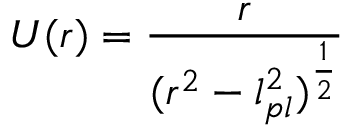
U ( r ) = { \frac { r } { ( r ^ { 2 } - l _ { p l } ^ { 2 } ) ^ { \frac { 1 } { 2 } } } }